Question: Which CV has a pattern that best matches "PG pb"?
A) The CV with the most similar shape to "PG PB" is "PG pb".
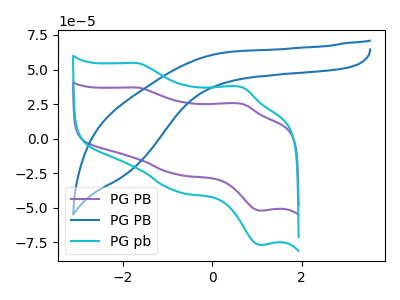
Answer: <think>The purple curve "PG PB" has anodic peaks at (-1.65V, 36.95uA) (0.65V, 25.10uA) and cathodic peaks at (-0.80V, -25.65uA) (1.10V, -52.00uA). The blue curve "PG PB" has no peaks. The cyan curve "PG pb" has anodic peaks at (-1.65V, 54.65uA) (0.65V, 37.10uA) and cathodic peaks at (-0.80V, -37.90uA) (1.10V, -76.85uA).
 "PG PB" and "PG PB" have a different number of peaks. All the peaks in "PG PB" have a peak in "PG pb" at the same potential. Every peak in "PG PB" is lower than every peak in "PG pb". "PG PB" and "PG pb" have a different number of peaks.</think>
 <answer>A) The CV with the most similar shape to "PG PB" is "PG pb".</answer>
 <eval>A</eval>